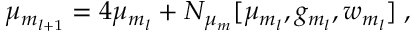
\mu _ { m _ { l + 1 } } = 4 \mu _ { m _ { l } } + N _ { \mu _ { m } } [ \mu _ { m _ { l } } , g _ { m _ { l } } , w _ { m _ { l } } ] \; ,